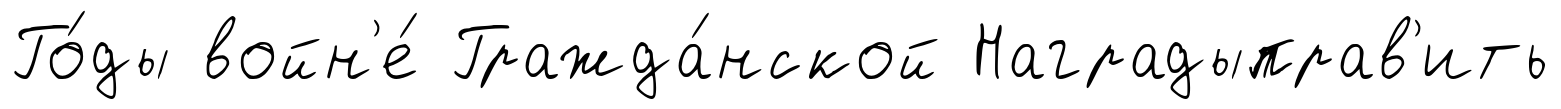
Го́ды войн'е́ Гражда́нской Наградыправ'ить